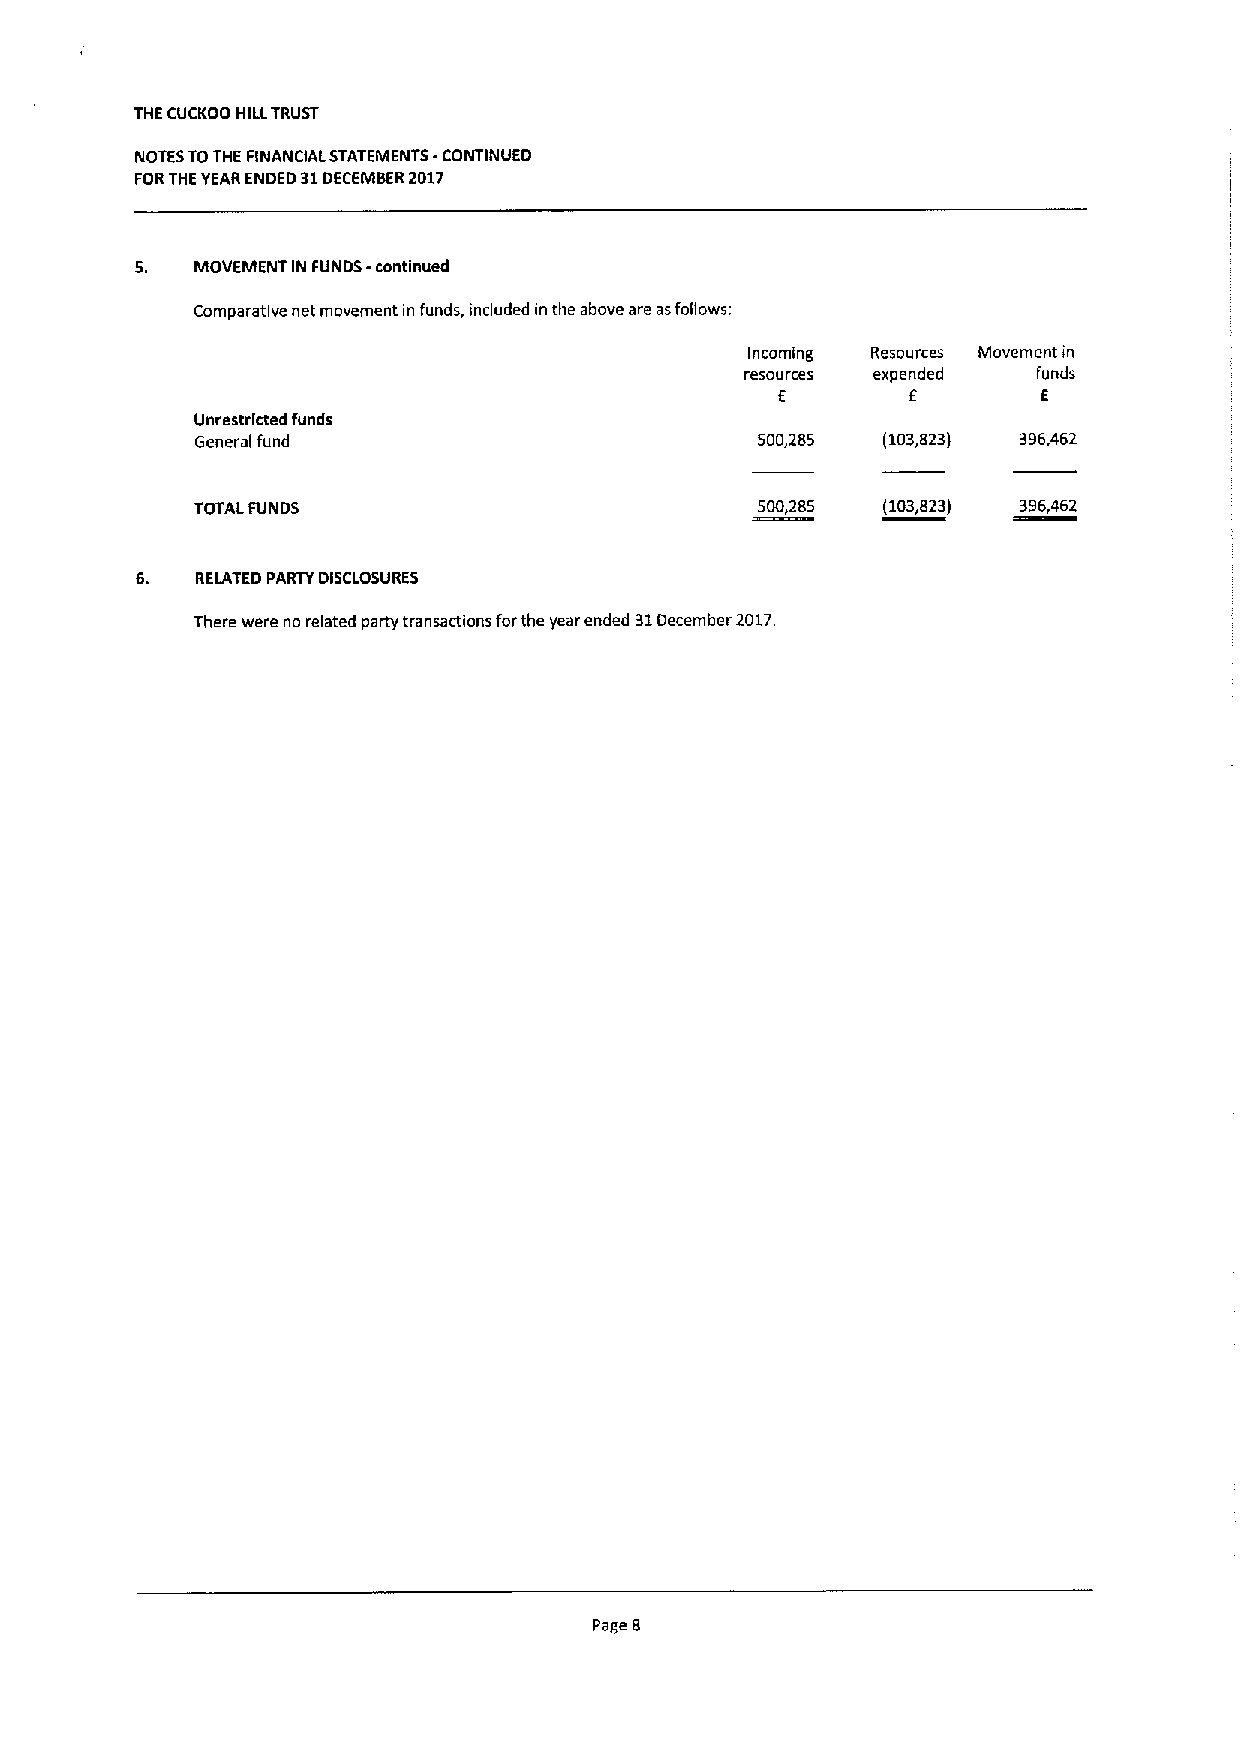
THE CUCKOO HILLTRUST
 NOTESTOTHE FINANCIAL STATEMENTS -CONTINUED
 FORTHEYEARENDED 31DECEMBER2017
 MOVEMENT IN FUNDS -continued
 Comparative net movement in funds, included in the above are asfollows:
 Incoming Resources Movement in
 resources expended  funds
 f
 E                 E
 Unrestricted funds
 General fund                         500,285 (103,823) 396,462
 TOTAL FUNDS                          500,285 (103,823) 396,462
 6.  RELATED PARTY DISCLOSURES
 There were no related party transactions forthe year ended 31December 2017.
 Page 8